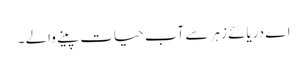
اے دریائے زہر سے آب حیات پینے والے ۔